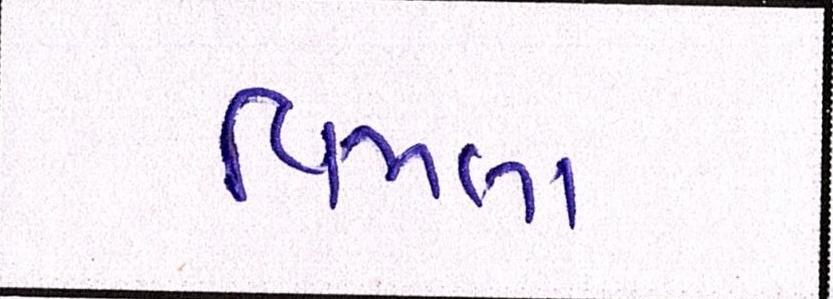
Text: વિમલા